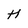
Character: H